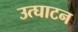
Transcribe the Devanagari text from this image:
उत्घाटन